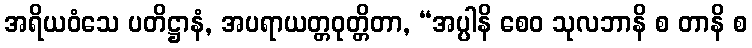
အရိယဝံသေ ပတိဋ္ဌာနံ, အပရာယတ္တဝုတ္တိတာ, “အပ္ပါနိ စေဝ သုလဘာနိ စ တာနိ စ